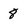
Character: 8